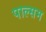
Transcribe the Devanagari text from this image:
पाल्सम